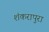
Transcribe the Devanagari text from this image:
शंकरापुरा